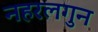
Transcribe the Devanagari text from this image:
नहरलगुन